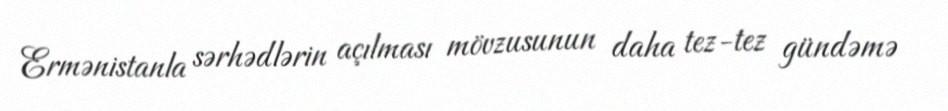
Ermənistanla sərhədlərin açılması mövzusunun daha tez-tez gündəmə